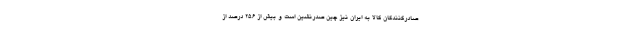
صادرکنندگان کالا به ایران نیز چین صدرنشین است و بیش از ۲۵.۶ درصد از